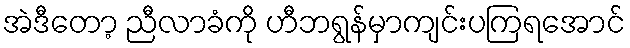
အဲဒီတော့ ညီလာခံကို ဟီဘရွန်မှာကျင်းပကြရအောင်